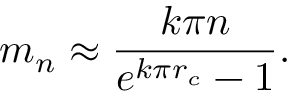
m _ { n } \approx \frac { k \pi n } { e ^ { k \pi r _ { c } } - 1 } .